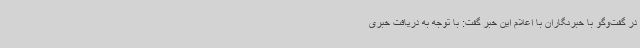
در گفت‌وگو با خبرنگاران با اعلام این خبر گفت: با توجه به دریافت خبری